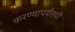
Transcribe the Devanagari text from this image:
करण्यापर्यंतची